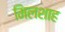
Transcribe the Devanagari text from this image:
मिलशाह